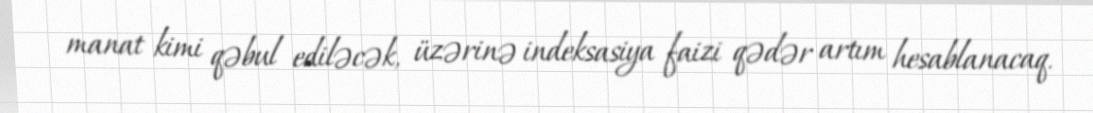
manat kimi qəbul ediləcək, üzərinə indeksasiya faizi qədər artım hesablanacaq.